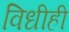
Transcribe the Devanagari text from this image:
विधीही